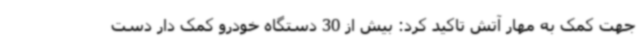
جهت کمک به مهار آتش تاکید کرد: بیش از 30 دستگاه خودرو کمک دار دست